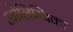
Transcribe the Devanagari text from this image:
ओलिम्पिका